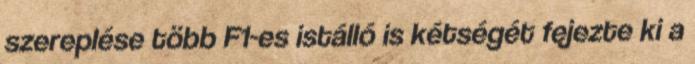
szereplése több F1-es istálló is kétségét fejezte ki a